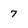
Character: 7